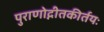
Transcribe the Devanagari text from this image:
पुराणोद्गीतकीर्तयः